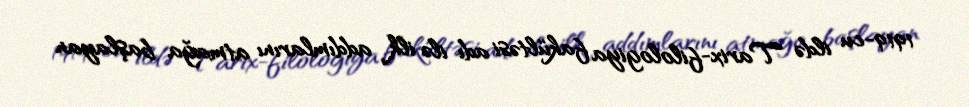
1919-cu ildə Tarix-filologiya fakültəsi adı ilə ilk addımlarını atmağa başlayan